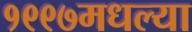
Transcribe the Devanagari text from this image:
१९९७मधल्या